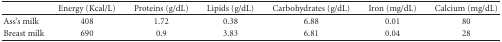
|  | Energy (Kcal/L) | Proteins (g/dL) | Lipids (g/dL) | Carbohydrates (g/dL) | Iron (mg/dL) | Calcium (mg/dL) |
 | --- | --- | --- | --- | --- | --- | --- |
 | Ass's milk | 408 | 1.72 | 0.38 | 6.88 | 0.01 | 80 |
 | Breast milk | 690 | 0.9 | 3.83 | 6.81 | 0.04 | 28 |